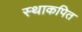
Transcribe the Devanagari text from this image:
स्थाकपित